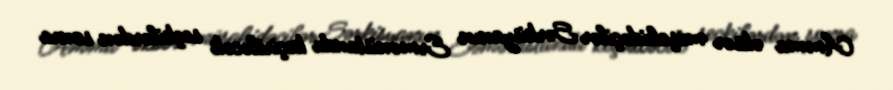
Amma əksər müşahidəçilər Sərkisyanın Ermənistanda keçiriləcək seçkilərdən sonra